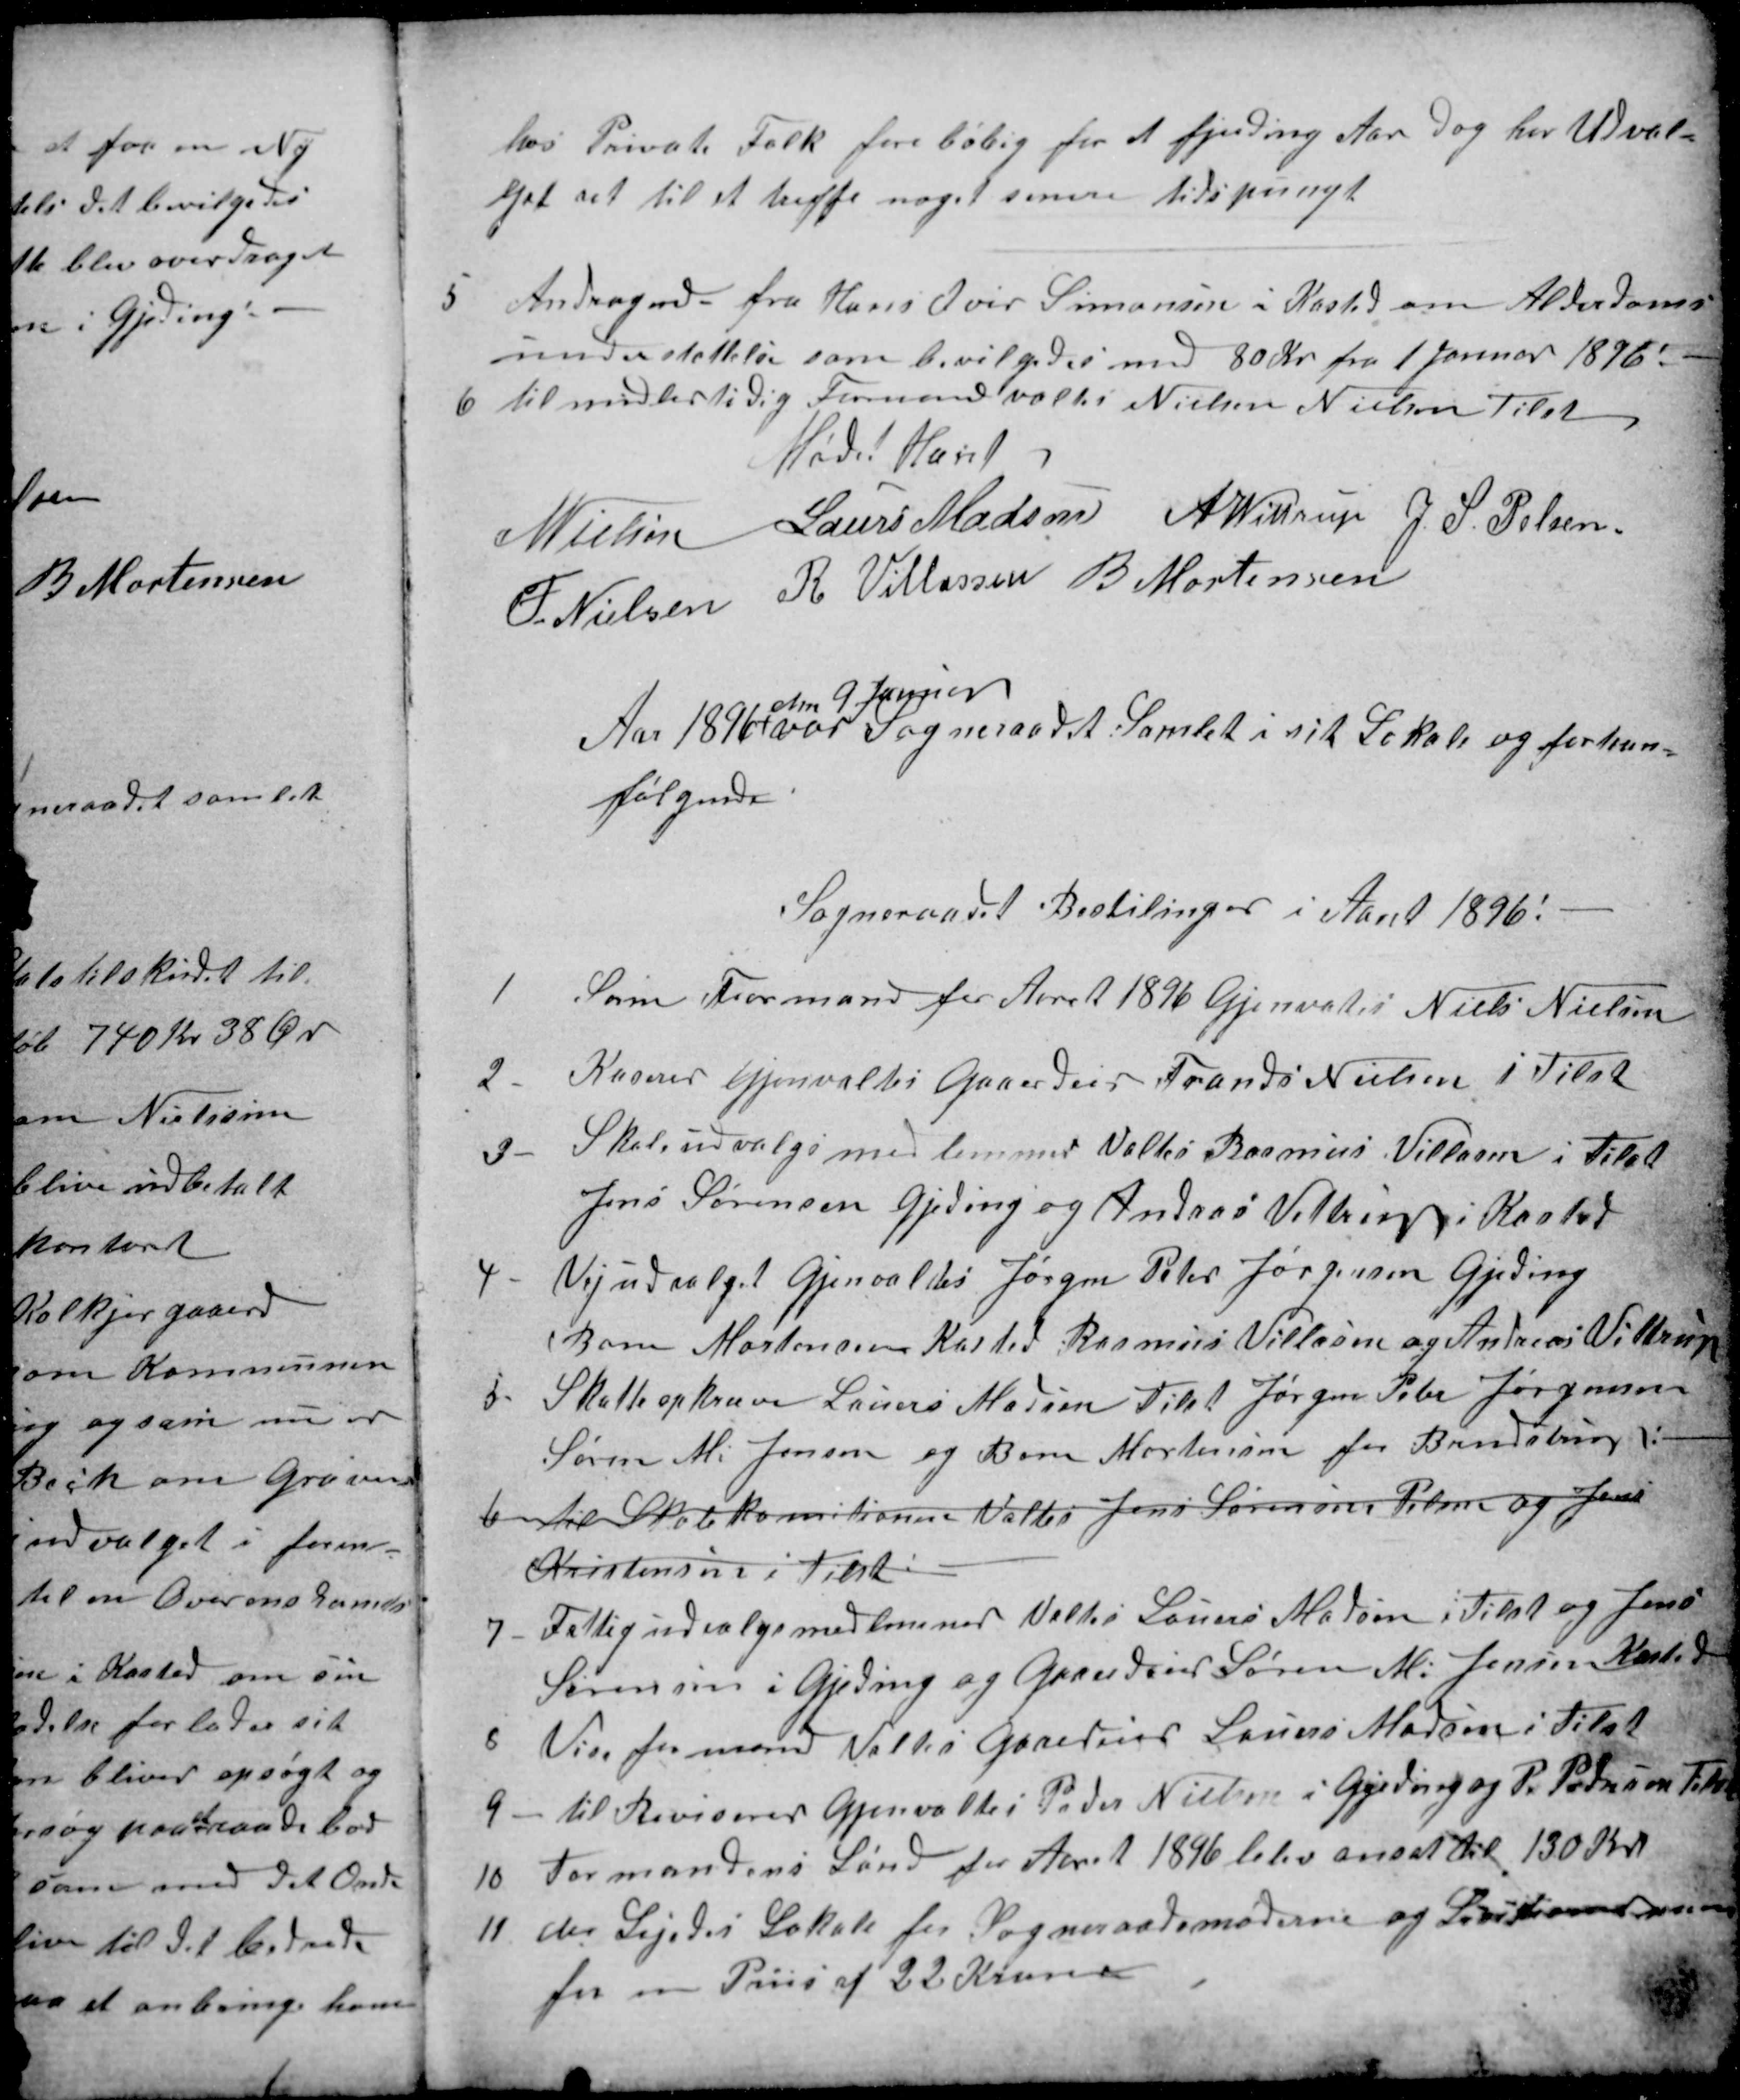
Transskription:
hos Private Folk foreløbig for et fjerding Aar dog har Udval=
get ret til at treffe noget senere tidspungt
5
Andragende fra Hans Iver Simonsen i Kasted om Alderdoms-
understøttelse som bevilgedes med 80 Kr fra 1 Januar 1896!
6
til midlertidig Formand valtes Nielsen Nielsen Tilst
Mødet Hævet
N Nielsen
Laurs Madsen
A. Wittrup
J. S. Pelsen
F. Nielsen
R Villassen
B Mortensen
Aar 1896
den 9. Januar
var Sogneraadet Samlet i sit Lokale og forhan-
følgende
Sogneraadet Bestilinger i Aaret 1896!
1
Som Formand for Aaret 1896 Gjenvales Niels Nielsen
2.
Kaserer Gjenvaltes Gaardeier Frands Nielsen i Tilst
3
Skoleudvalgsmedlemmer Valtes Rasmus Villasen i Tilst
Jens Sørensen Gjeding og Andras Vittrup i Kasted
4
Vejudvalget Gjenvalges Jørgen Peter Jørgensen Gjeding
Bone Mortensen Kasted Rasmus Villasen og Andreas Vittrup
5
Skatteopkræver Lauers Madsen Tilst Jørgen Peter Jørgensen
Søren M. Jensen og Bone Mortensen for Brendstrup:
6
til Skolekomitionen Valtes Jens Sørensen Pelsen og Jens
Kristensen i Tilst:
7
Fattigudvalgsmedlemmer Valtes Lauers Madsen i Tilst og Jens
Sørensen i Gjeding og Gaardeier Søren M. Jensen Kasted
8
Viseformand Valtes Gaardeier Lauers Madsen i Tilst
9
til Revisorer Gjenvaltes Peder Nielsen i Gjeding og P. Pedersen Tilst
10
Formandens Lønd for Aaret 1896 blev ansat til 130 Kr
11
der Lejedes Lokale for Sogneraadsmøderne og Lisitioner m.m
for en Priis af 22 Kroner